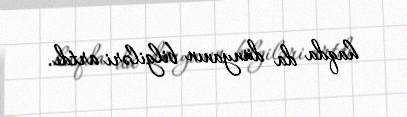
haqda da dünyanın bilgiləri artdı.